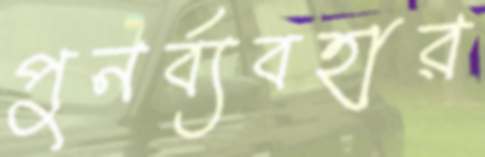
পুনর্ব্যবহার